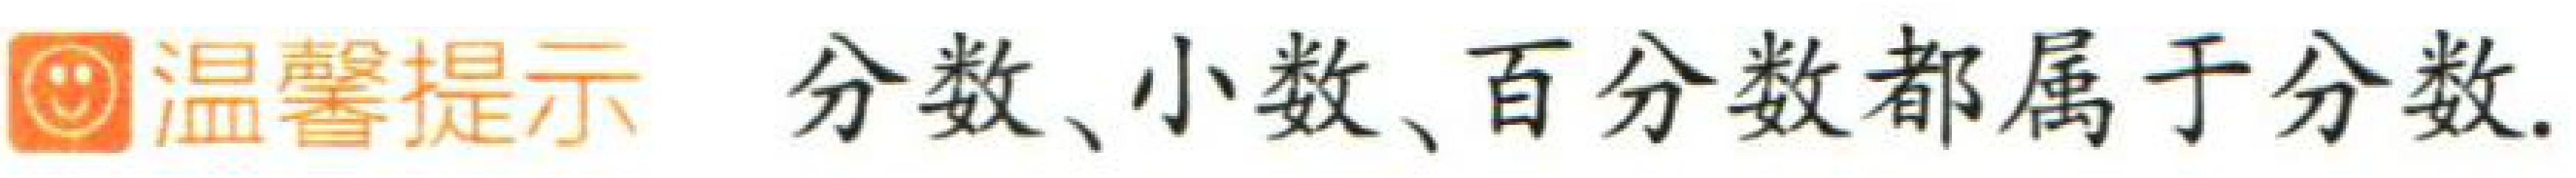
温馨提示 分数、小数、百分数都属于分数.